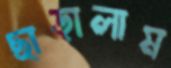
ছাড়ালাম